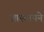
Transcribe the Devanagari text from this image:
आस्थापने